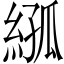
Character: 𦁣